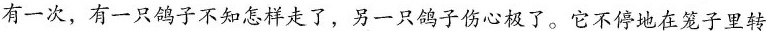
有一次，有一只鸽子不知怎样走了，另一只鸽子伤心极了。它不停地在笼子里转